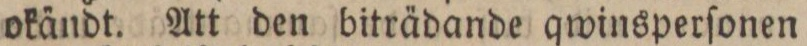
okändt. Att den biträdande qwinsperſonen